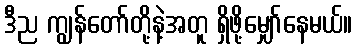
ဒီည ကျွန်တော်တို့နဲ့အတူ ရှိဖို့မျှော်နေမယ်။